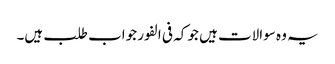
یہ وہ سوالات ہیں جو کہ فی الفور جواب طلب ہیں۔